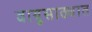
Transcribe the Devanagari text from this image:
वायुसाठ्यात